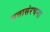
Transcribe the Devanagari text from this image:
सत्तासंरचना